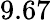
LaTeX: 9.67